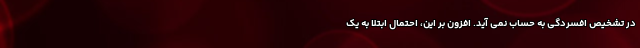
در تشخیص افسردگی به حساب نمی آید. افزون بر این، احتمال ابتلا به یک